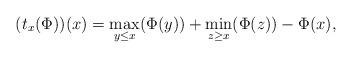
LaTeX: \begin{align*} (t_x(\Phi))(x)=\max_{y\leq x}( \Phi(y) )+\min_{z\geq x} (\Phi(z) )-\Phi(x),\end{align*}